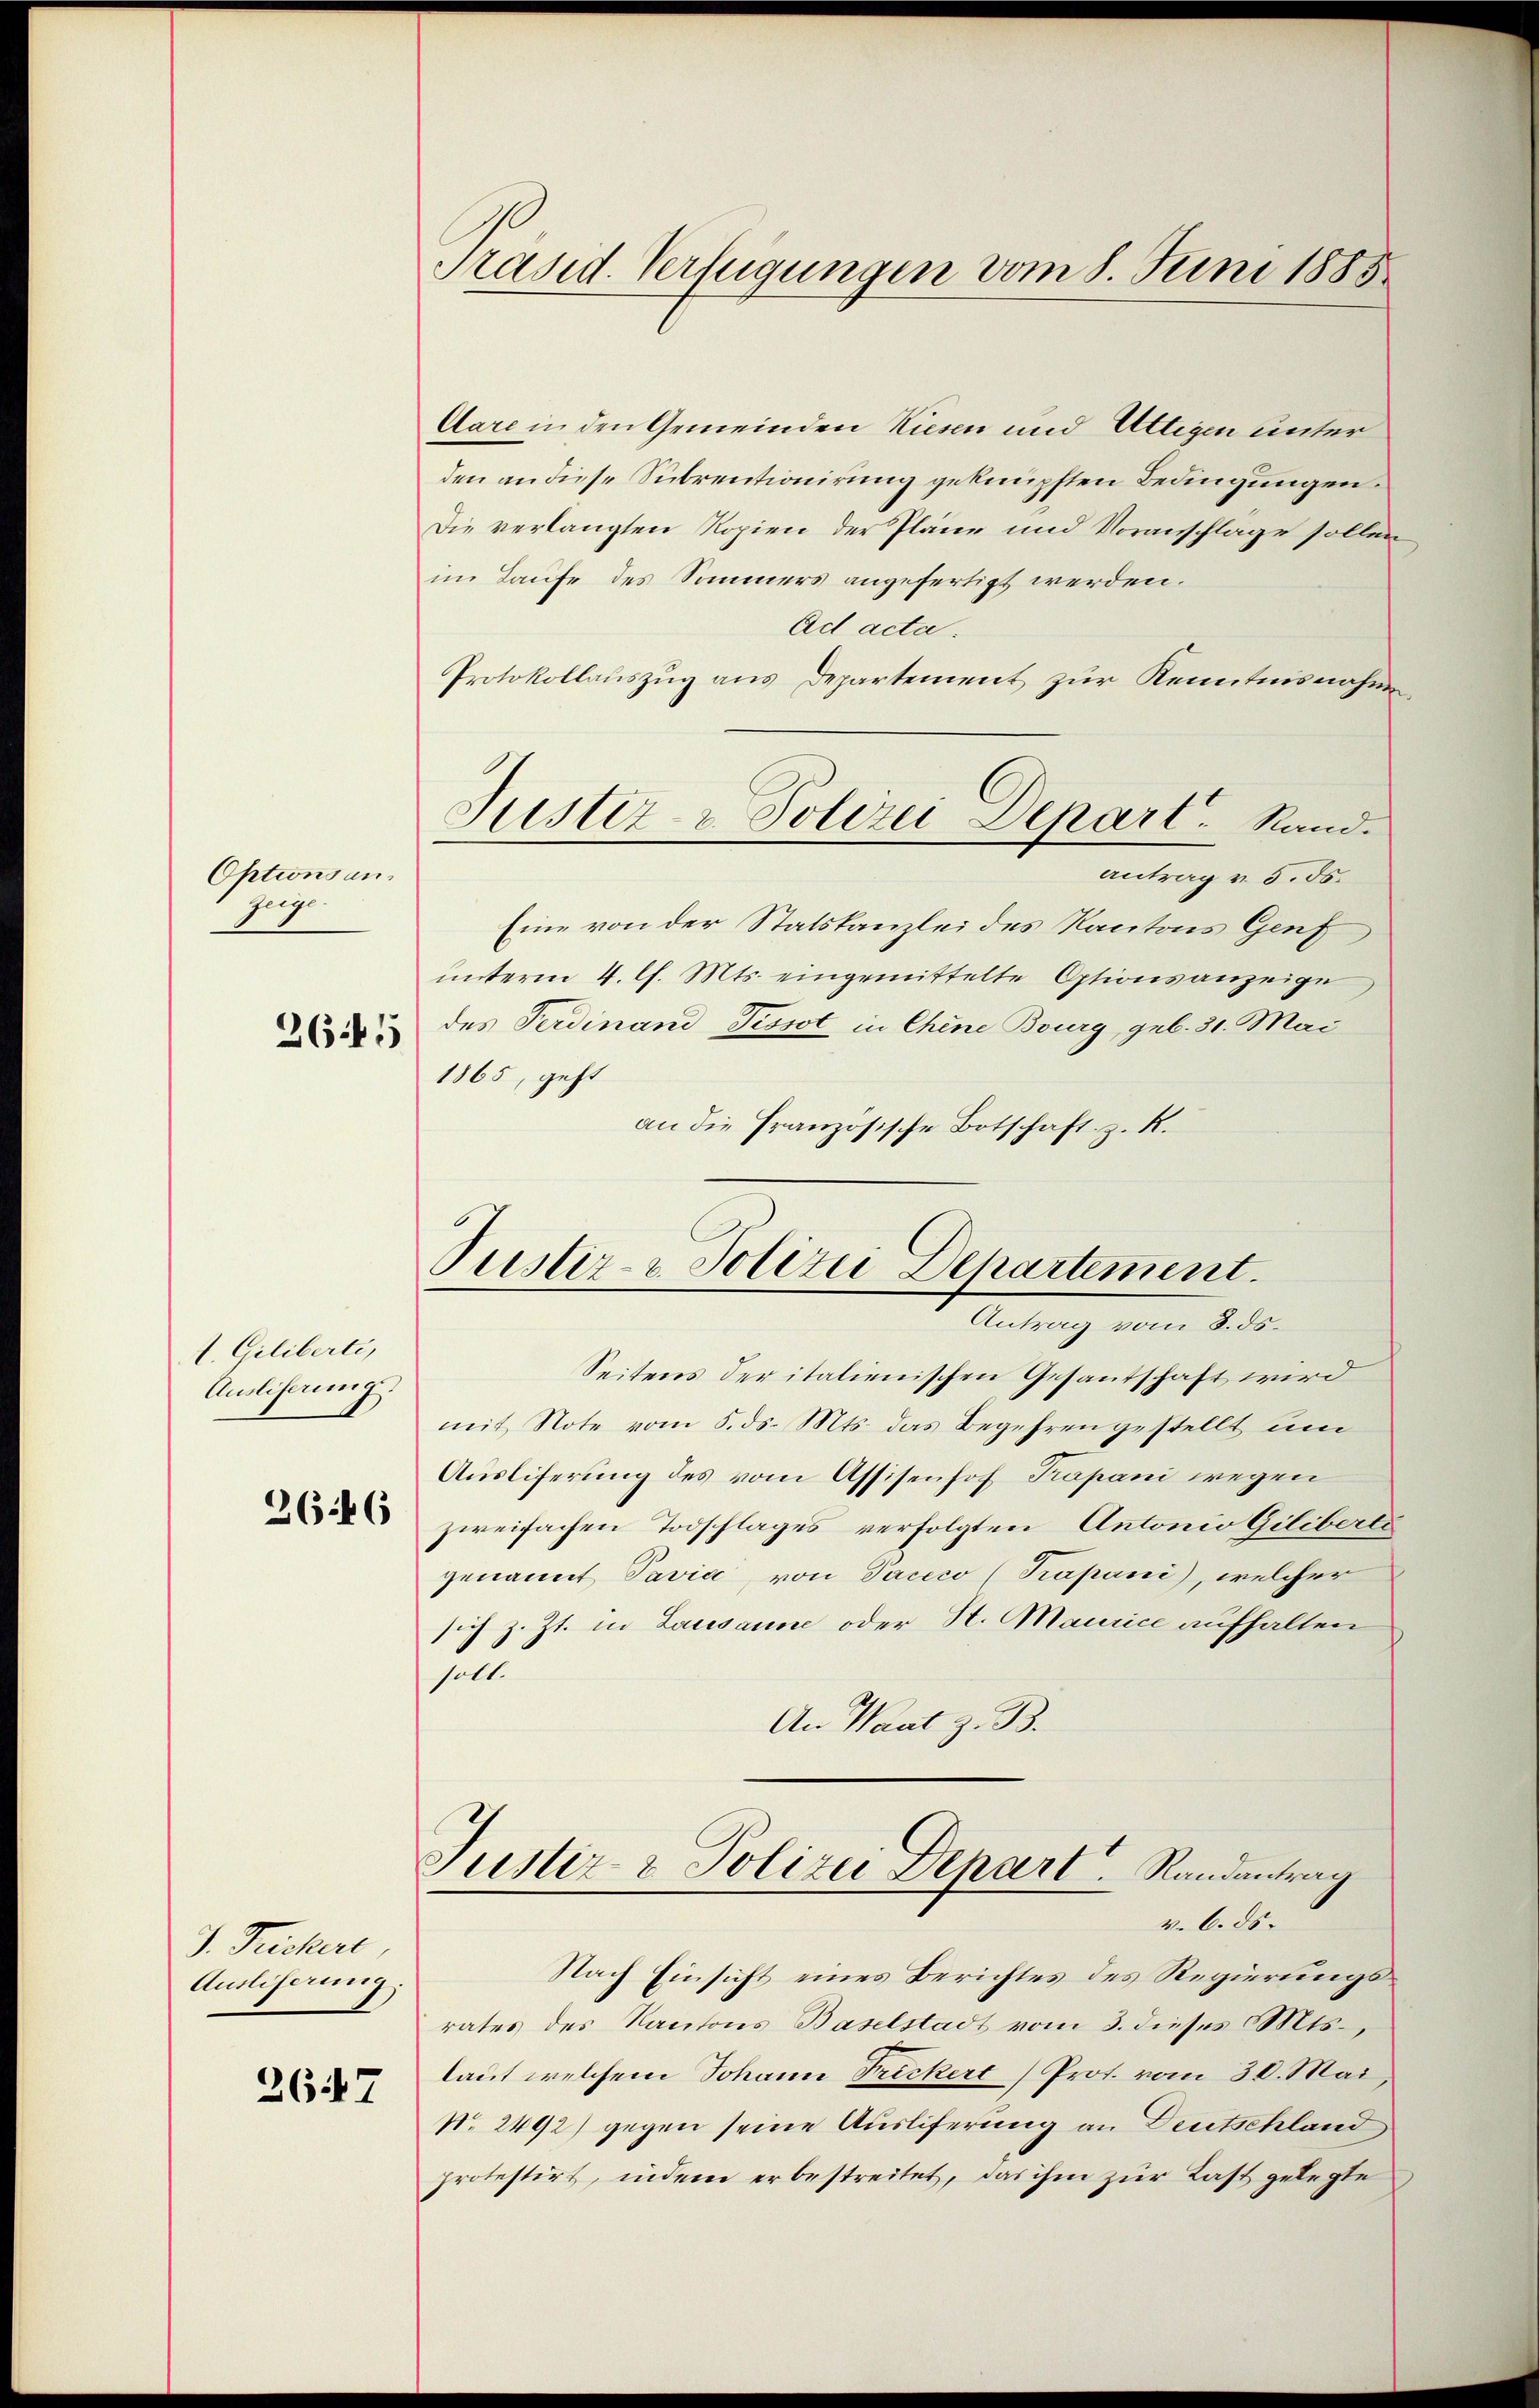
Optionsan¬
Zug

265

A. Giliberti,
Ausliserung.

2646

J. Frickerl
Ausliferung.

2647

Präsid. Verfügungen vom 8. Juni 1885

Aare in den Gemeinden Kiesen und Uttigen unter
den an diese Subrentionirung geknüpften Bedingungen.
Die verlangten Kopien der Pläne und Voranschlage sollen
im Laufe des Sommers angefertigt werden.
Ad acta.
Protokollauszug aus Departement zur Kenntnisnahme
antrag v. 5. ds.
Eine von der Statskanzlei des Kantons Genf
unterm 4. Ch. Mts. eingemittelte Optionsanzeige
des Ferdinand Pissot in Chine Bourg, geb. 31. Mai
1865, geht
an die Französische Botschaft z. R.
Seitens der italienischen Gesantschaft wird
mit Note vom 5. ds. Mts. das Begehren gestellt um
Ausliferung des vom Assisenhof Papani wegen
zweifachen Todschlages verfolgten Antonio Giliberle
genannt Pavia, von Taccco (Papani), welcher
sich z. Zt. in Lausanne oder St. Maurice aufhalten
soll.
An Waat z. B.
Justiz & Polizei Denart. Randantrag
v. 6. ds.
Nach Einsicht eines Berichtes des Regierungsrates des Kantons Baselstadt vom 3. dieses Mts.
laut welchem Johann Frickert/Prot. vom 30. Mai,
No. 2492) gegen seine Auslieferung an Deutschland
protestirt, indem er bestreitet, das ihm zur Last gelegte

Justiz- & Polizei Depart. Rand.

Justiz- & Polizei Departement.
Antrag vom 8. ds.